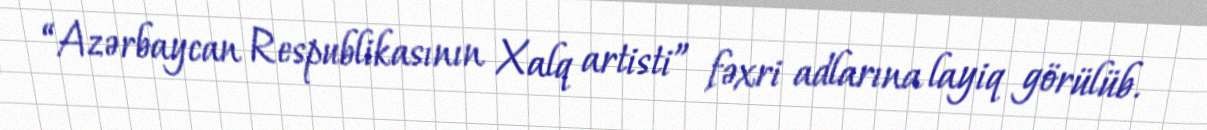
“Azərbaycan Respublikasının Xalq artisti” fəxri adlarına layiq görülüb.